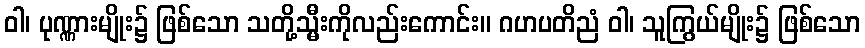
ဝါ၊ ပုဏ္ဏားမျိုး၌ ဖြစ်သော သတို့သ္မီးကိုလည်းကောင်း။ ဂဟပတိညံ ဝါ၊ သူကြွယ်မျိုး၌ ဖြစ်သော